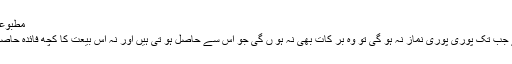
مطبوعہ ربوہ)
اس لئے جب تک پوری پوری نماز نہ ہو گی تو وہ بر کات بھی نہ ہو ں گی جو اس سے حاصل ہو تی ہیں اور نہ اس بیعت کا کچھ فائدہ حاصل ہو گا۔